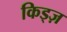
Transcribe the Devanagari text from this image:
किड्ज़